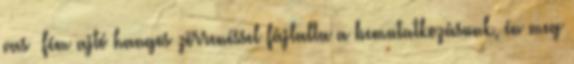
vas fém ajtó hangos zörrenéssel fájlalta a bemutatkozásunk, én meg